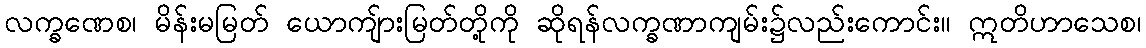
လက္ခဏေစ၊ မိန်းမမြတ် ယောကျ်ားမြတ်တို့ကို ဆိုရန်လက္ခဏာကျမ်း၌လည်းကောင်း။ ဣတိဟာသေစ၊